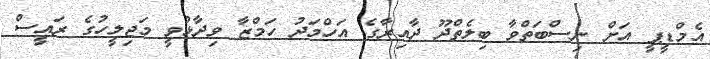
އެމްޑީޕީ އަށް ނިސްބަތްވާ ބިލެތްދޫ ދާއިރާގެ އަހްމަދު ހަމްޒާ ވިދާޅުވީ މަޖިލީހުގެ ރައީސް